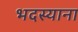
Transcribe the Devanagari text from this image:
भदस्याना